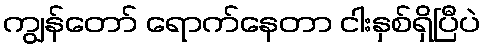
ကျွန်တော် ရောက်နေတာ ငါးနှစ်ရှိပြီပဲ